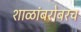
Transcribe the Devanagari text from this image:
शाळांबरोबरच